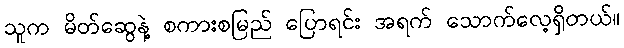
သူက မိတ်ဆွေနဲ့ စကားစမြည် ပြောရင်း အရက် သောက်လေ့ရှိတယ်။